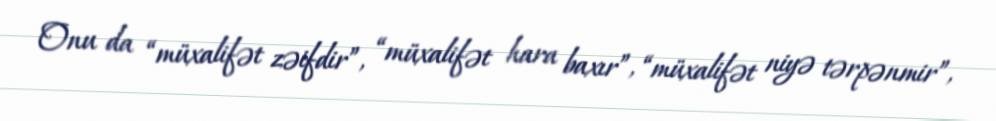
Onu da “müxalifət zəifdir”, “müxalifət hara baxır”, “müxalifət niyə tərpənmir”,